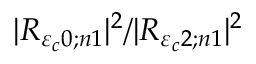
\vert { R } _ { { \varepsilon } _ { c } 0 ; { n } 1 } \vert ^ { 2 } / \vert { R } _ { { \varepsilon } _ { c } 2 ; { n } 1 } \vert ^ { 2 }